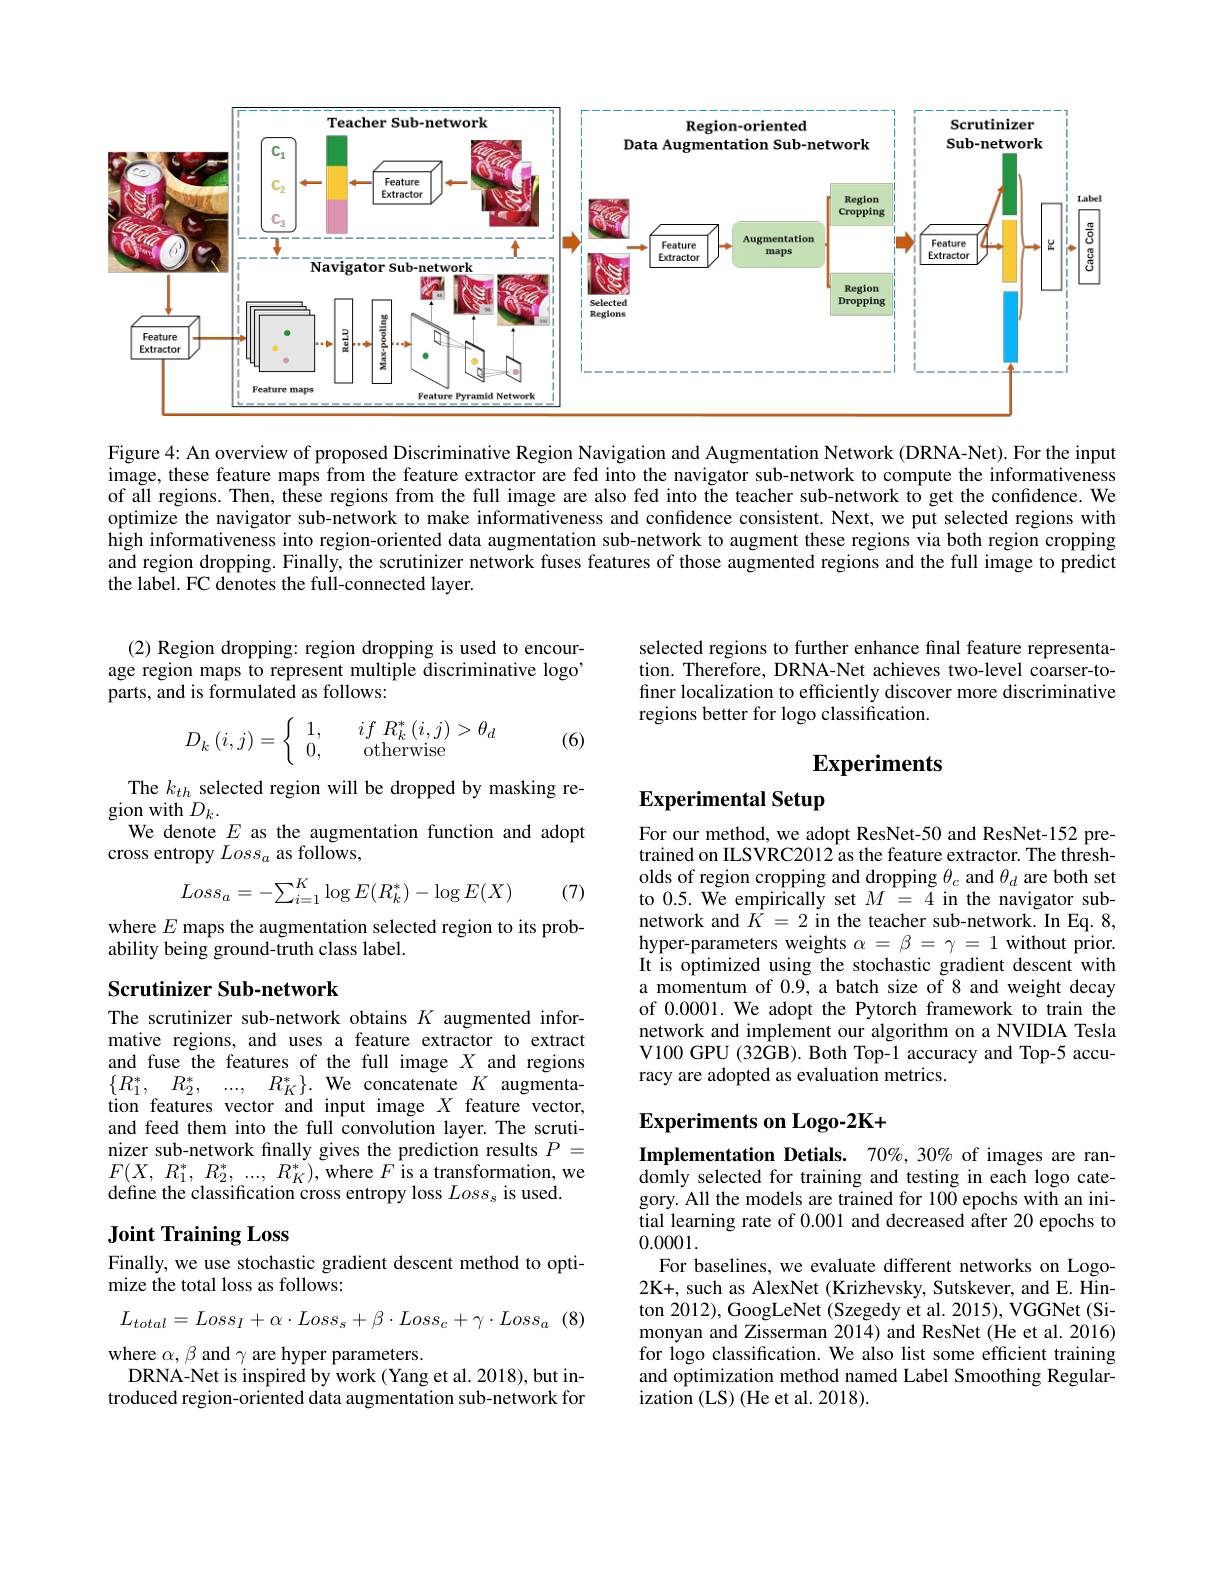
<FigureHere>

Figure 4: An overview of proposed Discriminative Region Navigation and Augmentation Network (DRNA-Net). For the input image, these feature maps from the feature extractor are fed into the navigator sub-network to compute the informativeness of all regions. Then, these regions from the full image are also fed into the teacher sub-network to get the confidence. We optimize the navigator sub-network to make informativeness and confidence consistent. Next, we put selected regions with high informativeness into region-oriented data augmentation sub-network to augment these regions via both region cropping and region dropping. Finally, the scrutinizer network fuses features of those augmented regions and the full image to predict the label. FC denotes the full-connected layer.

(2) Region dropping: region dropping is used to encourage region maps to represent multiple discriminative logo' parts, and is formulated as follows:

selected regions to further enhance final feature representation. Therefore, DRNA-Net achieves two-level coarser-tofiner localization to efficiently discover more discriminative regions better for logo classification.
$$D_{k}\left(i,j\right)=\left\{\begin{array}{ll}1,&\quad if\:R_{k}^{*}\left(i,j\right)>\theta_{d}\\0,&\quad\mathrm{otherwise}\end{array}\right.$$
(6)

# Experiments

# Experimental Setup

The $k_{th}$ selected region will be dropped by masking re-
gion with $D_k.$
We denote $E$ as the augmentation function and adopt
cross entropy $Loss_a$ as follows,
$$Loss_a=-\sum_{i=1}^K\log E(R_k^*)-\log E(X)$$
(7)

where $E$ maps the augmentation selected region to its prob-
ability being ground-truth class label.

For our method, we adopt ResNet-50 and ResNet-152 pretrained on ILSVRC2012 as the feature extractor. The thresholds of region cropping and dropping $\theta_c$ and $\theta_d$ are both set to 0.5. We empirically set $M=4$ in the navigator subnetwork and $\bar{K}=2$ in the teacher sub-network. In Eq. 8, hyper-parameters weights $\alpha=\beta=\gamma=1$ without prior. It is optimized using the stochastic gradient descent with a momentum of 0.9, a batch size of 8 and weight decay of 0.0001. We adopt the Pytorch framework to train the network and implement our algorithm on a NVIDIA Tesla V100 GPU (32GB). Both Top-1 accuracy and Top-5 accuracy are adopted as evaluation metrics.

### Scrutinizer Sub-network

The scrutinizer sub-network obtains $K$ augmented informative regions, and uses a feature extractor to extract and fuse the features of the full image $X$ and regions $\{ R_1^* $, $R_2^* $, ..., $R_K^* \} .$ We concatenate $K$ augmentation features vector and input image $X$ feature vector, and feed them into the full convolution layer. The scrutinizer sub-network finally gives the prediction results $P=$ $F( X$, $R_{1}^{* }$, $R_{2}^{* }$, ..., $R_{K}^{* }) $,where $F$ is a transformation, we define the classification cross entropy loss $Loss_\mathrm{s}$ is used.

### Experiments on Logo-2K+

Implementation Detials. 70%, 30% of images are ran-

## Joint Training Loss

Finally, we use stochastic gradient descent method to opti-
### mize the total loss as follows:

domly selected for training and testing in each logo category. All the models are trained for 100 epochs with an initial learning rate of 0.001 and decreased after 20 epochs to 0.0001.
For baselines, we evaluate different networks on Logo- 2K+, such as AlexNet (Krizhevsky, Sutskever, and E. Hinton 2012), GoogLeNet (Szegedy et al. 2015), VGGNet (Simonyan and Zisserman 2014) and ResNet (He et al. 2016) for logo classification. We also list some efficient training and optimization method named Label Smoothing Regularization ( LS)  ( He et al.  2018) .

(8)
$$L_{total}=Loss_I+\alpha\cdot Loss_s+\beta\cdot Loss_c+\gamma\cdot Loss_a$$
where $\alpha,\beta$ and $\gamma$ are hyper parameters.
DRNA-Net is inspired by work (Yang et al. 2018), but introduced region-oriented data augmentation sub-network for